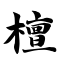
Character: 檀